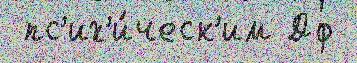
 пс'их'и́ческ'им Дф